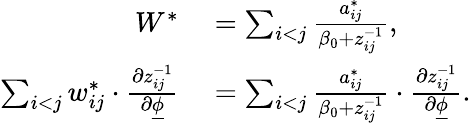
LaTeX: \begin{array}{rl}{W^{*}}&{{}=\sum_{i<j}\frac{a_{ij}^{*}}{\beta_{0}+z_{ij}^{-1}},}\\ {\sum_{i<j}w_{ij}^{*}\cdot\frac{\partial z_{ij}^{-1}}{\partial\underline{{\phi}}}}&{{}=\sum_{i<j}\frac{a_{ij}^{*}}{\beta_{0}+z_{ij}^{-1}}\cdot\frac{\partial z_{ij}^{-1}}{\partial\underline{{\phi}}}.}\end{array}